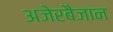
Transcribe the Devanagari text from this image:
अजेरबैजान